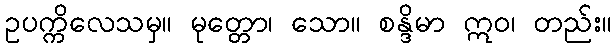
ဥပက္ကိလေသမှ။ မုတ္တော၊ သော။ စန္ဒိမာ ဣဝ၊ တည်း။